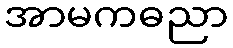
အာမကဓညာ